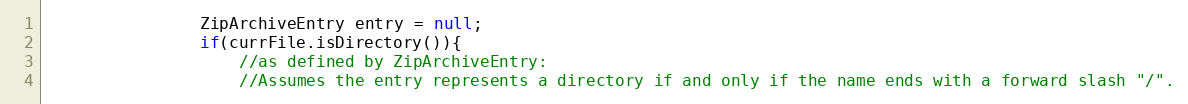
Language: Java
				ZipArchiveEntry entry = null;
				if(currFile.isDirectory()){
					//as defined by ZipArchiveEntry:
					//Assumes the entry represents a directory if and only if the name ends with a forward slash "/".